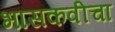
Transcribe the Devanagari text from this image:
भासकवीचा